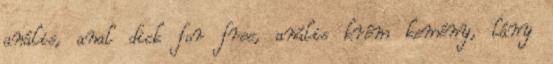
anális, anal dick for free, anális krém kemény, lány